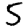
Digit: 5